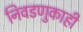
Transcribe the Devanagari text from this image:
निवडणुकाही